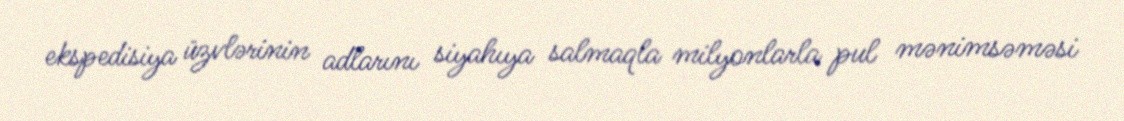
ekspedisiya üzvlərinin adlarını siyahıya salmaqla milyonlarla pul mənimsəməsi